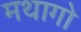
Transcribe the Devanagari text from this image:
मथागो